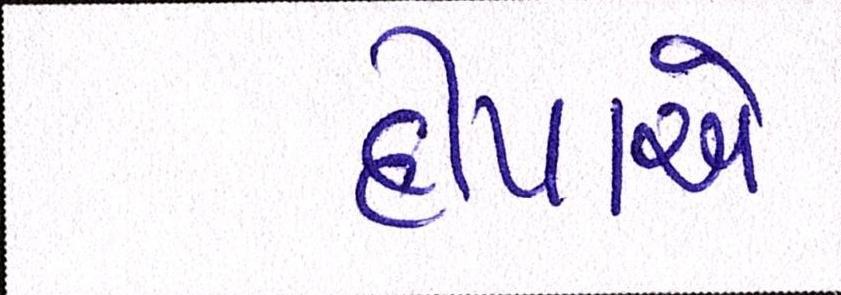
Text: દીપાએ